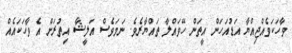
ވާހަކަވެއްޖިއްޔާ އަޑުއަހަން އީތަން ހޭވައްލާ ތައްޔާރެވެ. ނަމަވެސް އަލީޝާ އިތުރަށް އެ ވާހަކައެއް